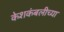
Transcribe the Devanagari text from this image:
केशकंबलीच्या